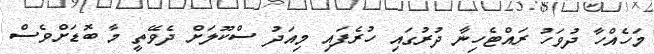
މަހެއްހާ ދުވަހު ރައްޓެހިނާ ދުރުގައި ހުރެފައި މިއަދު ސްކޫލަށް ދެވޭތީ މާ ބޮޑަށްވެސް